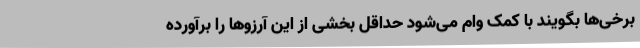
برخی‌ها بگویند با کمک وام می‌شود حداقل بخشی از این آرزوها را برآورده